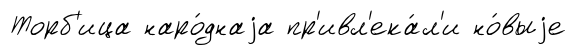
Торб'ица наро́днаjа пр'ивл'ека́л'и но́выjе